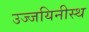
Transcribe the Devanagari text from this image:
उज्जयिनीस्थ